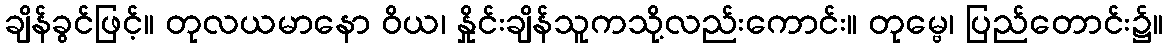
ချိန်ခွင်ဖြင့်။ တုလယမာနော ဝိယ၊ နှိုင်းချိန်သူကသို့လည်းကောင်း။ တုမ္ဗေ၊ ပြည်တောင်း၌။